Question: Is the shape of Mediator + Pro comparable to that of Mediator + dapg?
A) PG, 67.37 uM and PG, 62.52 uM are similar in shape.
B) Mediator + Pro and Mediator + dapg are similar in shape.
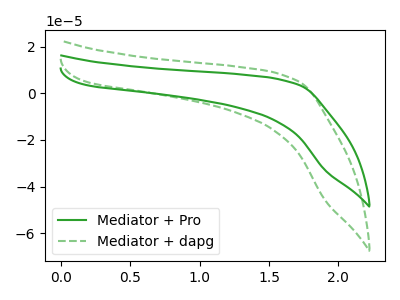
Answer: <think>The green curve "Mediator + Pro" has no peaks. The green dashed curve "Mediator + dapg" has no peaks.
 Neither "Mediator + Pro" or "Mediator + dapg" have any peaks.</think>
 <answer>B) "Mediator + Pro" and "Mediator + dapg" are similar in shape.</answer>
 <eval>B</eval>